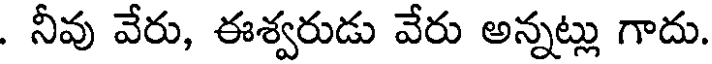
. నీవు వేరు, ఈశ్వరుడు వేరు అన్నట్లు గాదు.